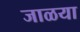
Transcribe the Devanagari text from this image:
जाळया